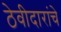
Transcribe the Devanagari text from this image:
ठेवीदारांचे